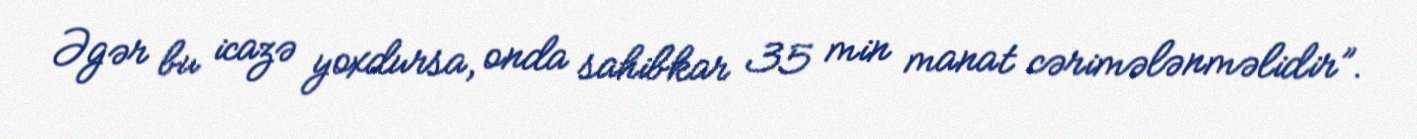
Əgər bu icazə yoxdursa, onda sahibkar 35 min manat cərimələnməlidir”.